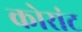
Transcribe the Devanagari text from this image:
कोरांट